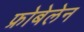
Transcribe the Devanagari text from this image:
फ्रोबेलेन